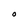
Character: O